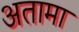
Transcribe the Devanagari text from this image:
अतामा